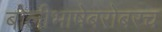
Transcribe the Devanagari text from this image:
बोलीभाषेबरोबरच